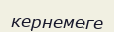
кернемеге